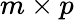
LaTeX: m\times p